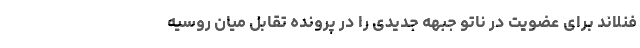
فنلاند برای عضویت در ناتو جبهه جدیدی را در پرونده تقابل میان روسیه